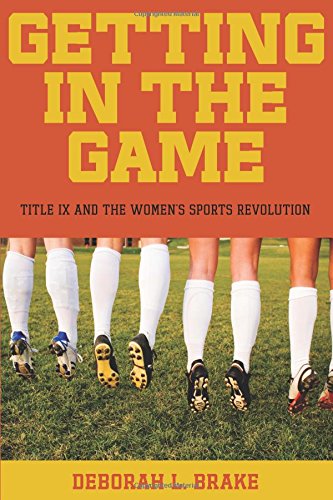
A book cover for Getting in the Game: Title IX and the Women's Sports Revolution (Critical America); Deborah L. Brake; Law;